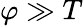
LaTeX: \varphi\gg T